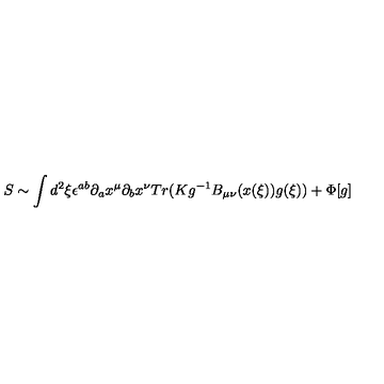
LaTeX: S \sim \int d ^ { 2 } \xi \epsilon ^ { a b } \partial _ { a } x ^ { \mu } \partial _ { b } x ^ { \nu } T r ( K g ^ { - 1 } B _ { \mu \nu } ( x ( \xi ) ) g ( \xi ) ) + \Phi [ g ]